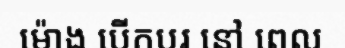
ម៉ោង បើកបរ នៅ ពេល